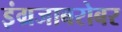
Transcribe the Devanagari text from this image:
इंग्रजाबरोबर